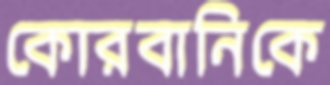
কোরবানিকে